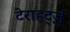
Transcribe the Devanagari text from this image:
टेराहर्ट्ज़